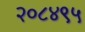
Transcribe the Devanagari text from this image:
२०८४९५